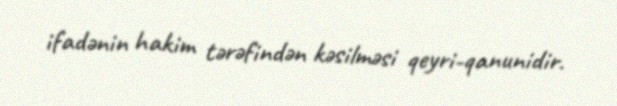
ifadənin hakim tərəfindən kəsilməsi qeyri-qanunidir.